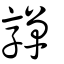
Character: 嚲